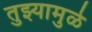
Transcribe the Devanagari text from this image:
तुझ्यामुळे